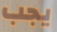
يجب